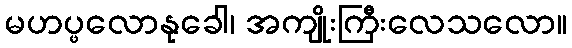
မဟပ္ဖလောနုခေါ၊ အကျိုးကြီးလေသလော။